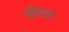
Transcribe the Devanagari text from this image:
उत्तिय